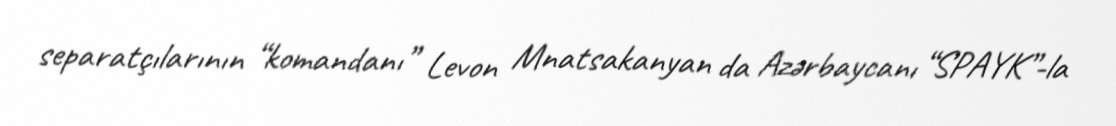
separatçılarının “komandanı” Levon Mnatsakanyan da Azərbaycanı “SPAYK”-la